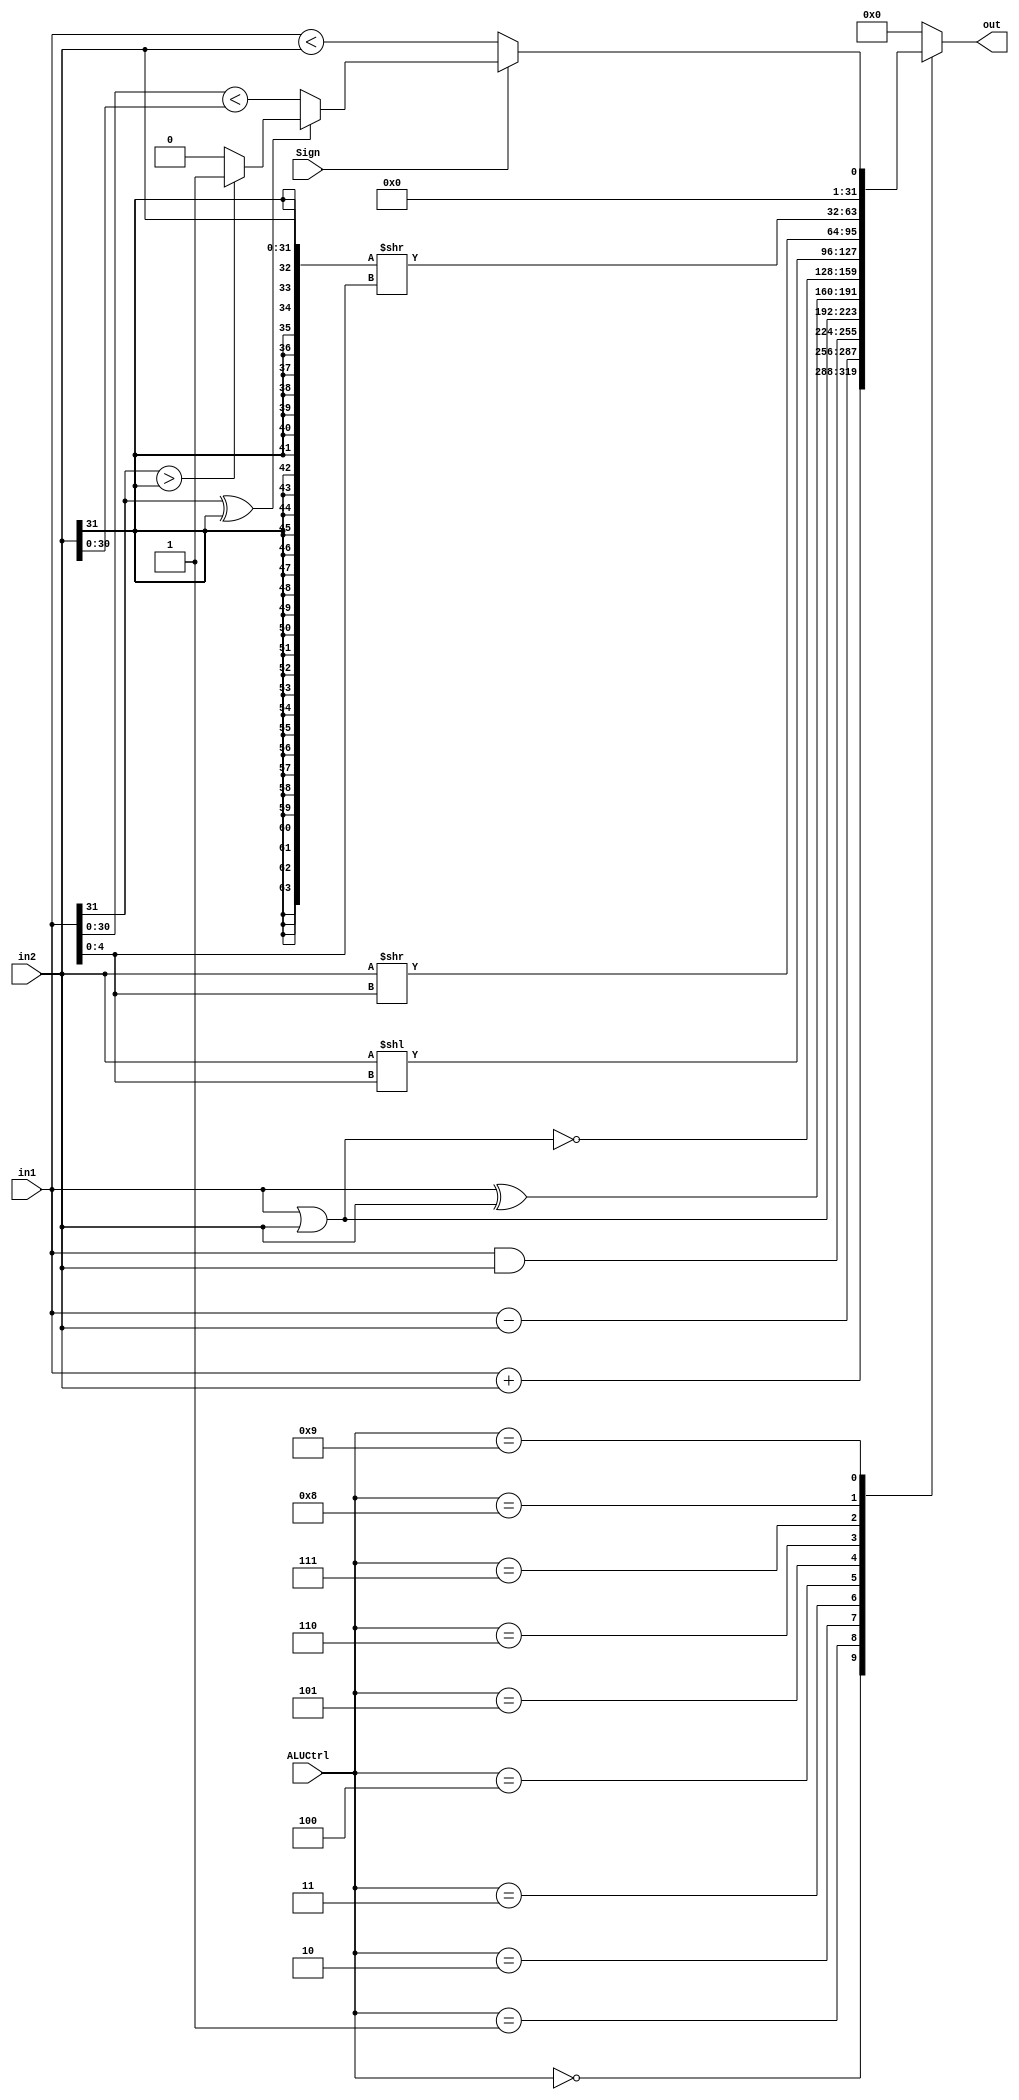
// This program was cloned from: https://github.com/TCL606/MipsPipeline
// License: MIT License

`timescale 1ns / 1ps
module ALU (
    ALUCtrl,
    Sign,
    in1,
    in2,
    out
);

parameter ADD = 0;
parameter SUB = 1;
parameter AND = 2;
parameter OR = 3;
parameter XOR = 4;
parameter NOR = 5;
parameter SLL = 6;
parameter SRL = 7;
parameter SRA = 8;
parameter SLT = 9;

input [4:0] ALUCtrl;
input Sign;
input [31:0] in1;
input [31:0] in2;
output [31:0] out;

reg [31:0] out;

wire lt_low31;
wire lt_sign;
assign lt_low31 = (in1[30:0] < in2[30:0]);
assign lt_sign = (
    (in1[31] ^ in2[31]) ? 
    (in1[31] > in2[31] ? 1 : 0)
    : lt_low31
);

always @(*) begin
    case(ALUCtrl)
    ADD: out <= in1 + in2;
    SUB: out <= in1 - in2;
    AND: out <= in1 & in2;
    OR: out <= in1 | in2;
    XOR: out <= in1 ^ in2;
    NOR: out <= ~(in1 | in2);
    SLL: out <= in2 << in1[4:0];
    SRL: out <= in2 >> in1[4:0];
    SRA: out <= {{32{in2[31]}}, in2} >> in1[4:0];
    SLT: out <= {31'h00000000, Sign ? lt_sign : in1 < in2};
    default: out <= 0;
    endcase
end

endmodule